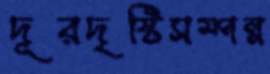
দূরদৃষ্টিসম্পন্ন